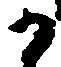
か